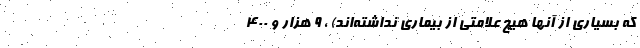
که بسیاری از آنها هیچ علامتی از بیماری نداشته‌اند) ،‌ ۹ هزار و ۴۰۰